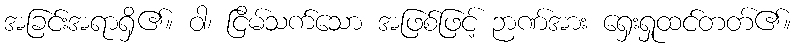
အခြင်းအရာရှိ၏။ ဝါ၊ ငြိမ်သက်သော အဖြစ်ဖြင့် ဉာဏ်အား ရှေးရှုထင်တတ်၏။